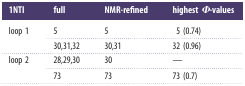
| 1NTI | full | NMR-refined | highest Φ-values |
 | --- | --- | --- | --- |
 | <ROWSPAN=2> loop 1 | 5 | 5 | 5 (0.74) |
 | 30,31,32 | 30,31 | 32 (0.96) |
 | <ROWSPAN=2> loop 2 | 28,29,30 | 30 | — |
 | 73 | 73 | 73 (0.7) |